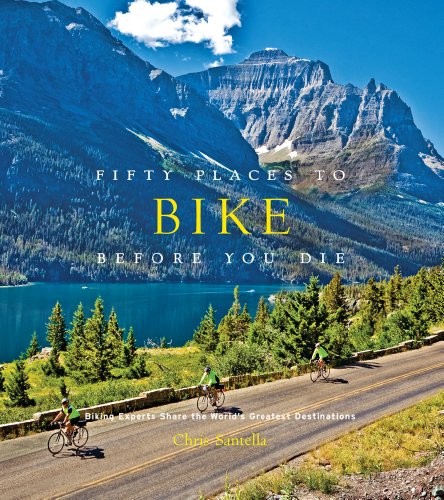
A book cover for Fifty Places to Bike Before You Die: Biking Experts Share the World's Greatest Destinations; Chris Santella; Sports & Outdoors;